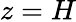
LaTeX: z=H